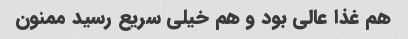
هم غذا عالی بود و هم خیلی سریع رسید ممنون